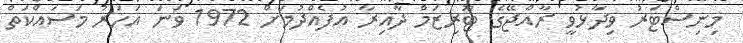
މިނިސްޓަރު ވިދާޅުވީ ރާއްޖޭގެ ޓޫރިޒަމް ދާއިރާ އުފެއްދުމަށް 1972 ވަނަ އަހަރު މަސައްކަތް